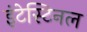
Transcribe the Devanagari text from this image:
इंटेस्टिनल